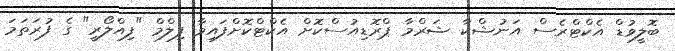
ބޮލީވުޑް އެކްޓްރެސް އަނުޝްކާ ޝަރްމާ ޕްރޮޑިއުސްކޮށް އެކްޓްކޮށްފައިވާ ފިލްމް "ފިއްލޯރީ" ގެ ފުރަތަމަ